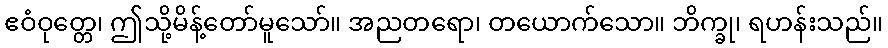
ဧဝံဝုတ္တေ၊ ဤသို့မိန့်တော်မူသော်။ အညတရော၊ တယောက်သော။ ဘိက္ခု၊ ရဟန်းသည်။